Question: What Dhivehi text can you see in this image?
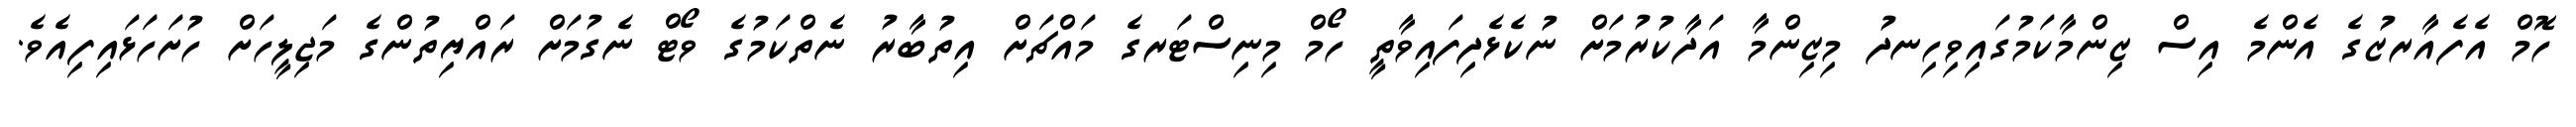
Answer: ހޮމް އެފެއާރޒުގެ އެންމެ އިސް ޒިންމާކަމުގައިވިހިނދު މިޒިންމާ އަދާކުރުމަށް ނުކެޅެދިފައިވާތީ ހޯމް މިނިސްޓަރގެ މައްޗަށް އިތުބާރު ނެތްކަމުގެ ވޯޓް ނެގުމަށް ރައްޔިތުންގެ މަޖިލީހަށް ހުށަހަޅައިފިއެވެ.